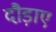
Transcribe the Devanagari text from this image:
दौड़ाए